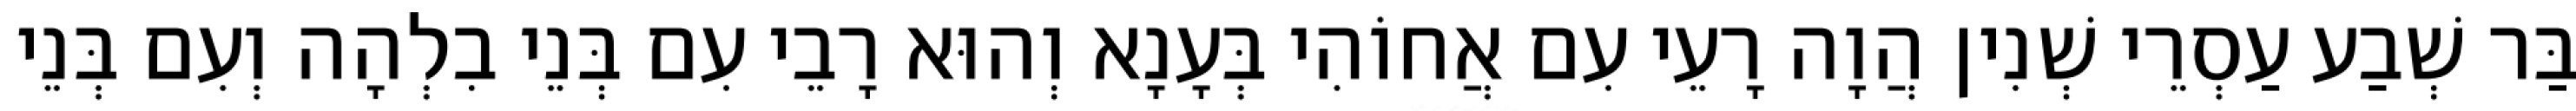
בַּר שְׁבַע עַסְרֵי שְׁנִין הֲוָה רָעֵי עִם אֲחוֹהִי בְּעָנָא וְהוּא רָבֵי עִם בְּנֵי בִלְהָה וְעִם בְּנֵי